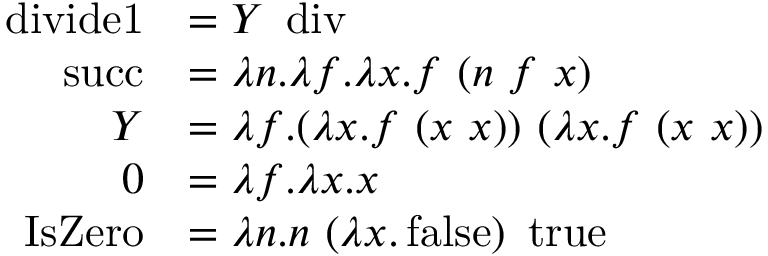
{ \begin{array} { r l } { \operatorname { d i v i d e 1 } } & { = Y \ \operatorname { d i v } } \\ { \operatorname { s u c c } } & { = \lambda n . \lambda f . \lambda x . f \ ( n \ f \ x ) } \\ { Y } & { = \lambda f . ( \lambda x . f \ ( x \ x ) ) \ ( \lambda x . f \ ( x \ x ) ) } \\ { 0 } & { = \lambda f . \lambda x . x } \\ { \operatorname { I s Z e r o } } & { = \lambda n . n \ ( \lambda x . \operatorname { f a l s e } ) \ \operatorname { t r u e } } \end{array} }